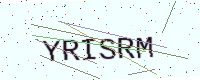
Text: YRISRM